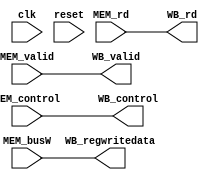
module WB(
    input clk,
    input [31:0]MEM_busW,
    input [4:0]MEM_rd,
    input [18:0]MEM_control,
    input reset,
    input MEM_valid,
    output [4:0]WB_rd,
    output [31:0]WB_regwritedata,
    output [18:0]WB_control,
    output WB_valid
    );
    assign WB_rd = MEM_rd;
    assign WB_regwritedata = MEM_busW;
    assign WB_control = MEM_control;
    assign WB_valid = MEM_valid;
/*    always @ (negedge clk) begin
        if(reset)begin
            WB_rd <= 0;
            WB_regwritedata <= 0;
            WB_control <= 0;
        end
        else begin
            WB_rd <= MEM_rd;
            WB_regwritedata <= MEM_busW;
            WB_control <= MEM_control;
        end
    end*/
    
endmodule